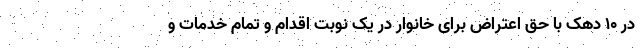
در 10 دهک با حق اعتراض برای خانوار در یک نوبت اقدام و تمام خدمات و